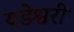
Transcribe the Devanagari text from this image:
यडेश्वरी